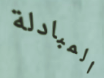
المبادلة